Report of the Bombay Plague Committee
Disease focus: Plague
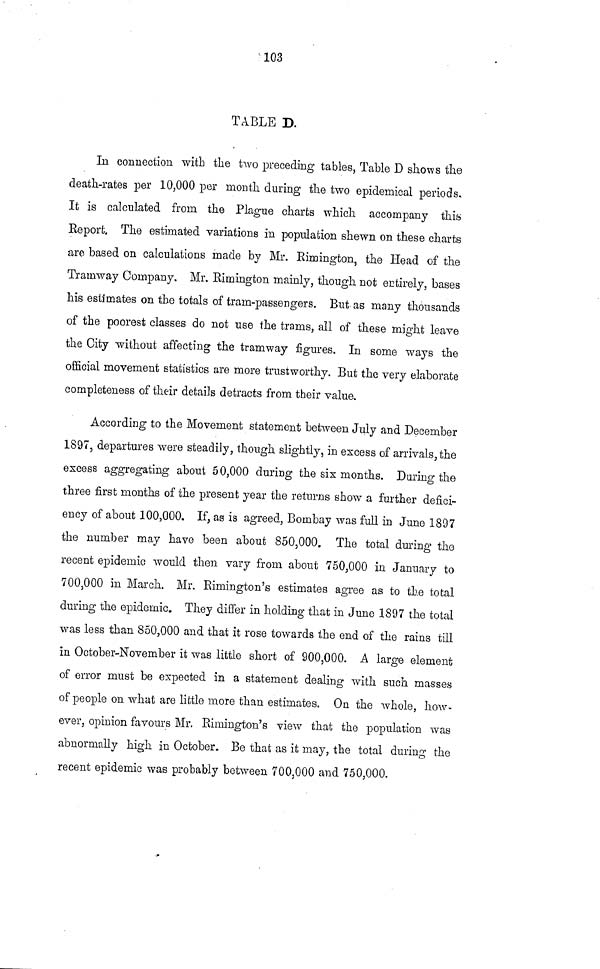
103
TABLE D.
In connection with the two preceding tables, Table D shows the
death-rates per 10,000 per month during the two epidemical periods.
It is calculated from the Plague charts which accompany this
Report. The estimated variations in population shewn on these charts
are based on calculations made by Mr. Rimington, the Head of the
Tramway Company, Mr. Rimington mainly, though not entirely, bases
his estimates on the totals of tram-passengers. But as many thousands
of the poorest classes do not use the trams, all of these might leave
the City without affecting- the tramway figures. In some ways the
official movement statistics are more trustworthy. But the very elaborate
completeness of their details detracts from their value.
According to the Movement statement between July and December
1897, departures were steadily, though slightly, in excess of arrivals, the
excess aggregating about 50,000 during the six months. During the
three first months of the present year the returns show a further defici-
ency of about 100,000. If, as is agreed, Bombay was full in June 1897
the number may have been about 850,000. The total during the
recent epidemic would then vary from about 750,000 in January to
700,000 in March. Mr. Rimington's estimates agree as to the total
during the epidemic. They differ in holding that in June 1897 the total
was less than 850,000 and that it rose towards the end of the rains till
in October-November it was little short of 900,000. A large element
of error must be expected in a statement dealing with such masses
of people on what are little more than estimates. On the whole, how-
ever, opinion favours Mr. Rimington's view that the population was
abnormally high in October. Be that as it may, the total during the
recent epidemic was probably between 700,000 and 750,000.